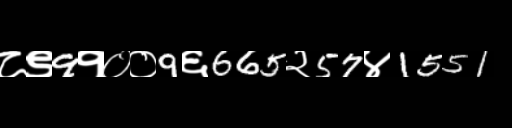
Text: ८९9१००9६665२57४1551